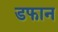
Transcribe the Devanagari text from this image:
डफान